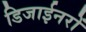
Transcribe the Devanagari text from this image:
डिजाईनरों